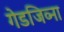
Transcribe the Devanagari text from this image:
गेडजिव्ना